Tartu_linnavalitsus, lk 8
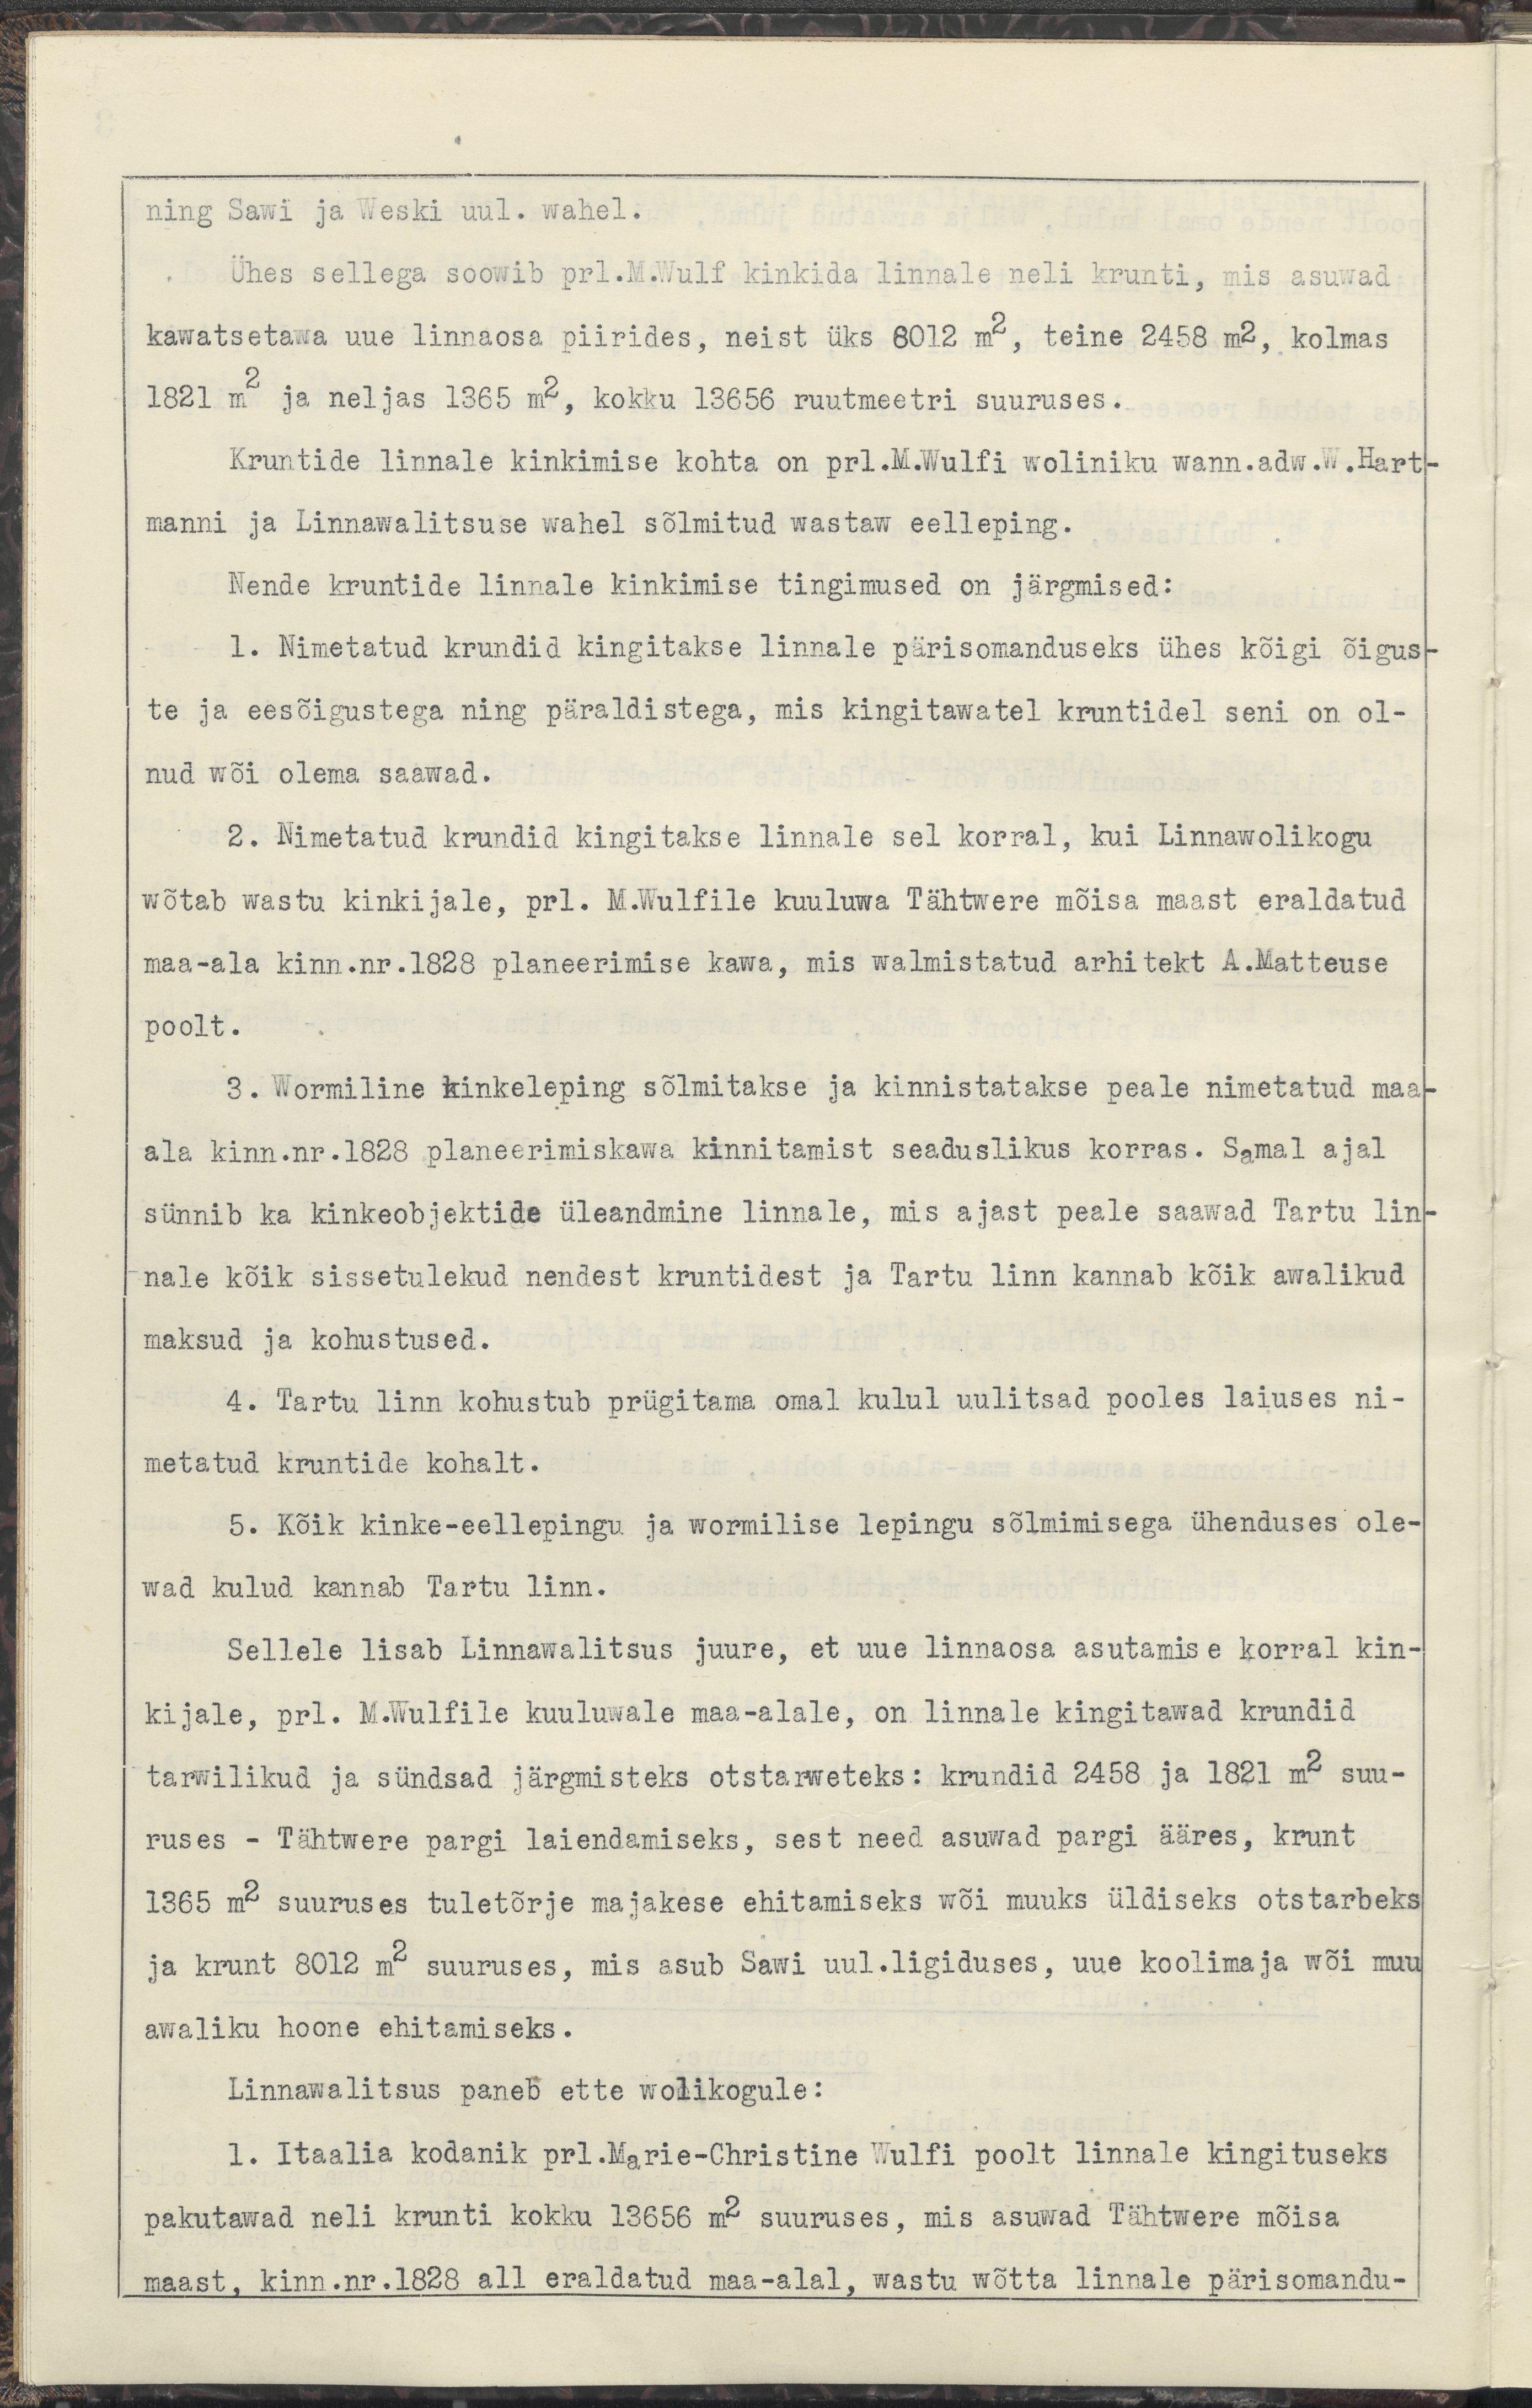
ning Sawi ja Weski uul. wahel.
Ühes sellega soowib prl. M. Wulf kinkida linnale neli krunti mis asuwad
kawatsetawa uue linnaosa piirides, neist üks 6012 m2, teine 2458 m2, kolmas
1821 m2 ja neljas 1365 m2, kokku 13656 ruutmeetri suuruses.
Kruntide linnale kinkimise kohta on prl. M. Wulfi woliniku wann. adw. W. Hart-
manni ja Linnawalitsuse wahel sõlmitud wastaw eelleping.
Nende kruntide linnale kinkimise tingimused on järgmised:
1. Nimetatud krundid kingitakse linnale pärisomanduseks ühes kõigi õigus-
te ja eesõigustega ning päraldistega, mis kingitawatel kruntidel seni on ol-
nud wõi olema saawad.
2. Nimetatud krundid kingitakse linnale sel korral, kui Linnawolikogu
wõtab wastu kinkijale, prl. M. Wulfile kuuluwa Tähtwere mõisa maast eraldatud
maa-ala kinn. nr. 1828 planeerimise kawa, mis walmistatud arhitekt A. Matteuse 
poolt.
3. Wormiline kinkeleping sõlmitakse ja kinnistatakse peale nimetatud maa-
ala kinn. nr. 1828 planeerimiskawa kinnitamist seaduslikus korras. Samal ajal
sünnib ka kinkeobjektide üleandmine linnnale, mis ajast peale saawad Tartu lin-
nale kõik sissetulekud nendest kruntidest ja Tartu linn kannab kõik awalikud
maksud ja kohustused.
4. Tartu linn kohustub prügitama omal kulul uulitsad pooles laiuses ni-
metatud kruntide kohalt.
5. Kõik kinke-eellepingu ja wormilise lepingu sõlmimisega ühenduses ole-
wad kulud kannab Tartu linn.
Sellele lisab Linnawalitsus juure, et uue linnaosa asutamise korral kin-
kijale, prl. M. Wulfile kuuluwale maa-alale, on linnale kingitawad krundid
tarwilikud ja sündsad järgmisteks otstarweteks: kundid 2458 ja 1821 m2 suu-
ruses - Tähtwere pargi laiendamiseks, sest need asuwad pargi ääres, krunt
1365 m2 suuruses tuletõrje majakese ehitamiseks wõi muuks üldiseks otstarbeks
ja krunt 8012 m2 suuruses, mis asub Sawi uul. ligiduses, uue koolimaja wõi muu
awaliku hoone ehitamiseks.
Linnawalitsus paneb ette wolikogule:
1. Itaalia kodanik prl. Marie-Christine Wulfi poolt linnale kingituseks
pakutawad neli krunti kokku 13656 m2 suuruses, mis asuwad Tähtwere mõisa
maast, kinn. nr. 1828 all eraldatud maa-alal, wastu wõtta linnale pärisomandu-